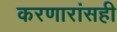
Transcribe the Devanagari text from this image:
करणारांसही